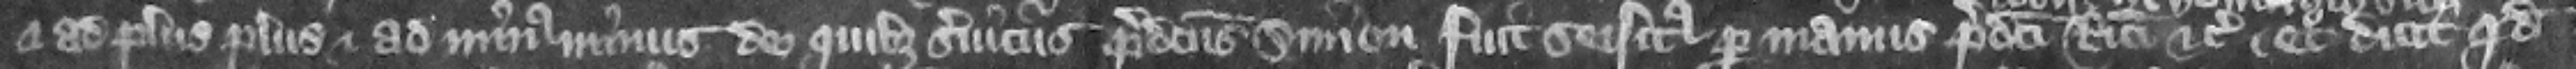
et ad plus plus et ad minus minus de quibus serviciis predictus Simon fuit seisitus per manus predicti Ricardi et obiit in homagio suo etc. Et dicit quod